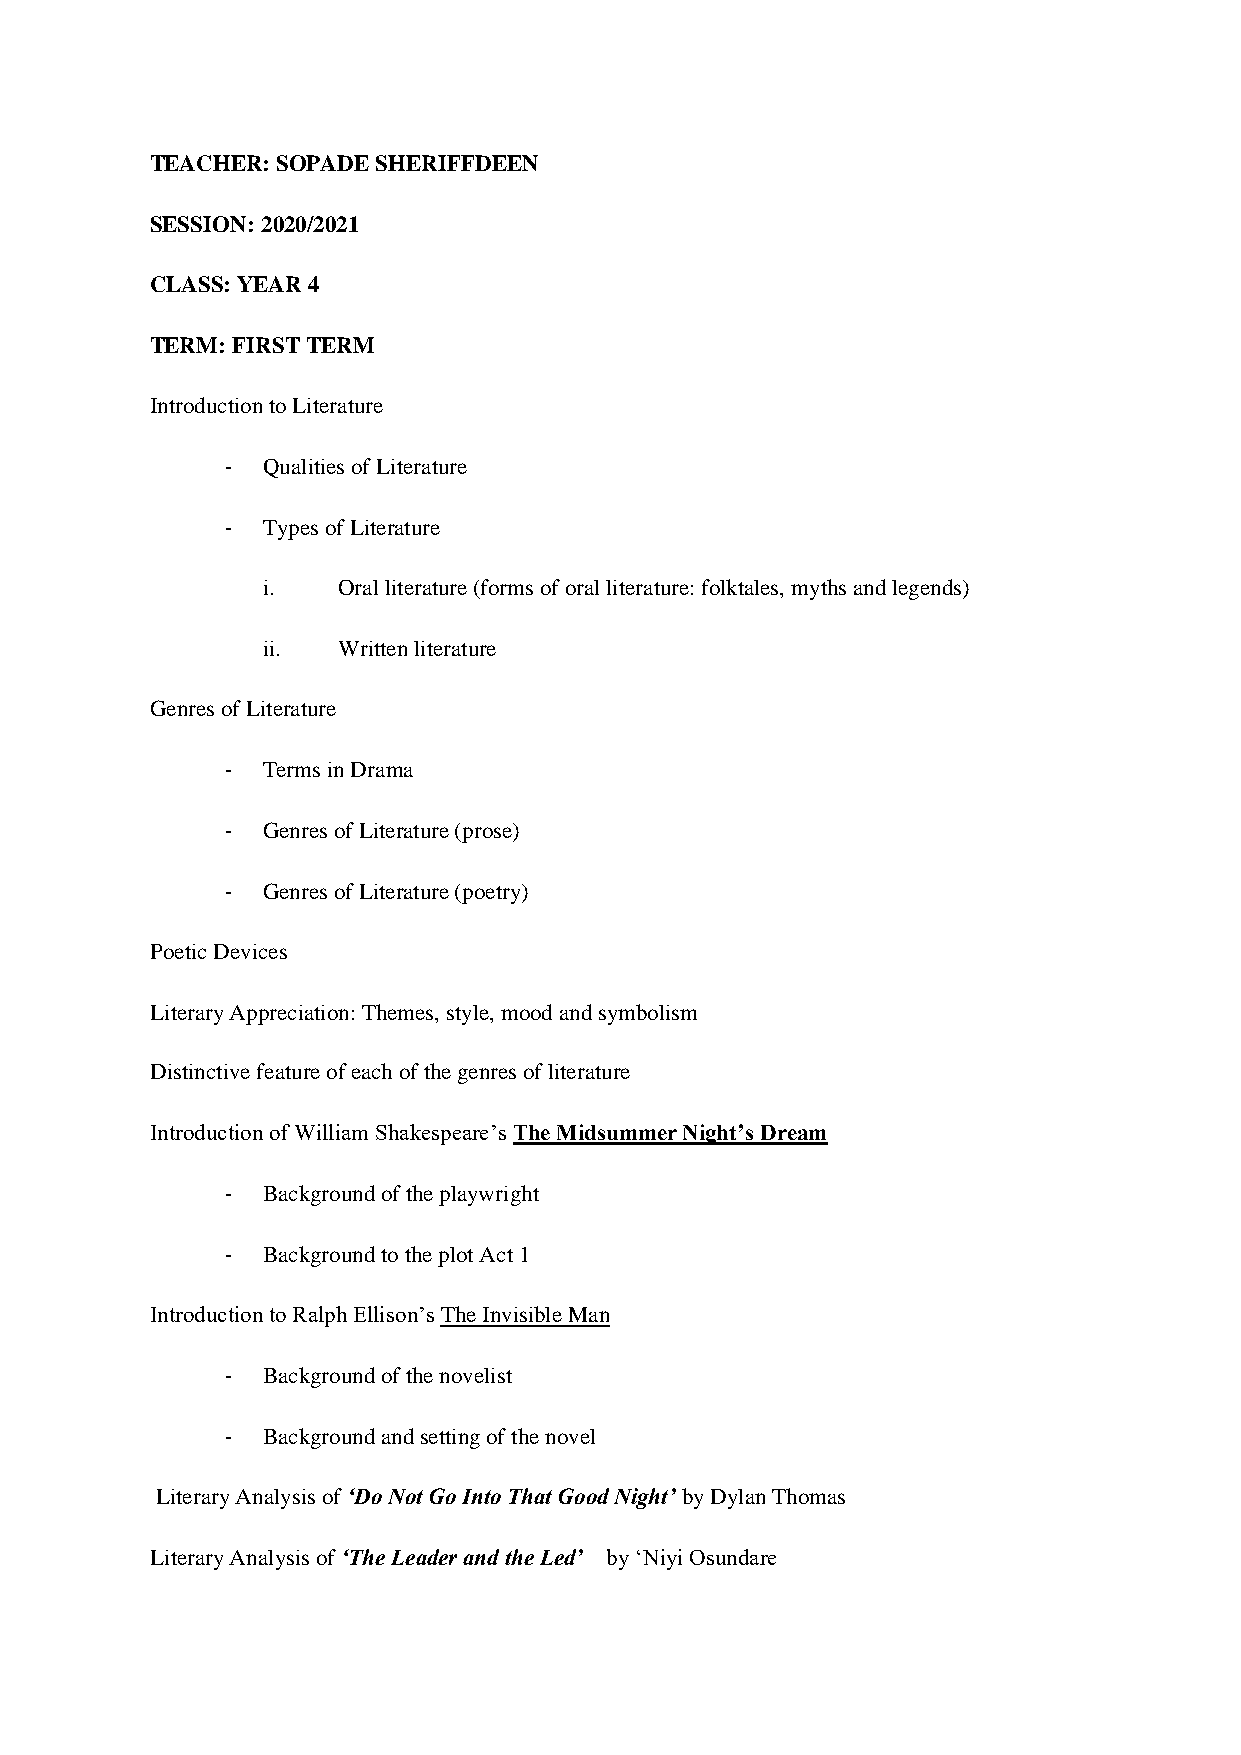
TEACHER: SOPADE SHERIFFDEEN
 SESSION: 2020/2021
 CLASS: YEAR 4
 TERM: FIRST TERM
 Introduction to Literature
 - Qualities of Literature
 - Types of Literature
 i.   Oral literature (forms of oral literature: folktales, myths and legends)
 ii.  Written literature
 Genres of Literature
 - Terms in Drama
 - Genres of Literature (prose)
 - Genres of Literature (poetry)
 Poetic Devices
 Literary Appreciation: Themes, style, mood and symbolism
 Distinctive feature of each of the genres of literature
 Introduction of William Shakespeare’s The Midsummer Night’s Dream
 - Background of the playwright
 - Background to the plot Act 1
 Introduction to Ralph Ellison’s The Invisible Man
 - Background of the novelist
 - Background and setting of the novel
 Literary Analysis of ‘Do Not Go Into That Good Night’ by Dylan Thomas
 Literary Analysis of ‘The Leader and the Led’ by ‘Niyi Osundare